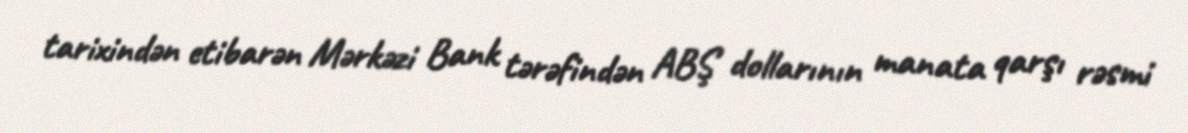
tarixindən etibarən Mərkəzi Bank tərəfindən ABŞ dollarının manata qarşı rəsmi